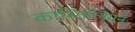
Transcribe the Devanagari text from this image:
कास्तिलियन